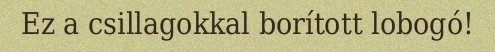
Ez a csillagokkal borított lobogó!